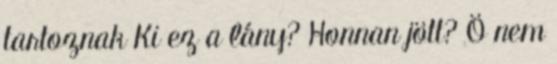
tartoznak Ki ez a lány? Honnan jött? Ö nem